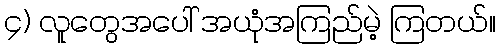
၄) လူတွေအပေါ် အယုံအကြည်မဲ့ ကြတယ်။